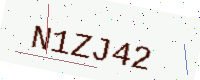
Text: N1ZJ42